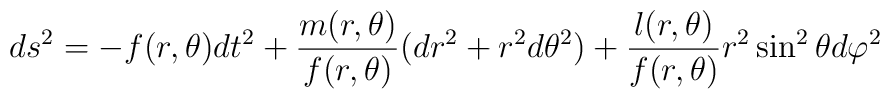
ds^2=-f(r,\theta)dt^2+\frac{m(r,\theta)}{f(r,\theta)}(dr^2+r^2 d\theta^2)+\frac{l(r,\theta)}{f(r,\theta)}r^2 \sin^2\theta d\varphi^2